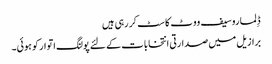
ڈِلما روسیف ووٹ کاسٹ کر رہی ہیں
برازیل میں صدارتی انتخابات کے لئے پولنگ اتوار کو ہوئی۔